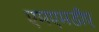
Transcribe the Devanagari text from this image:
एमएमडीए